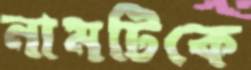
নামটিকে